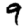
Digit: 9